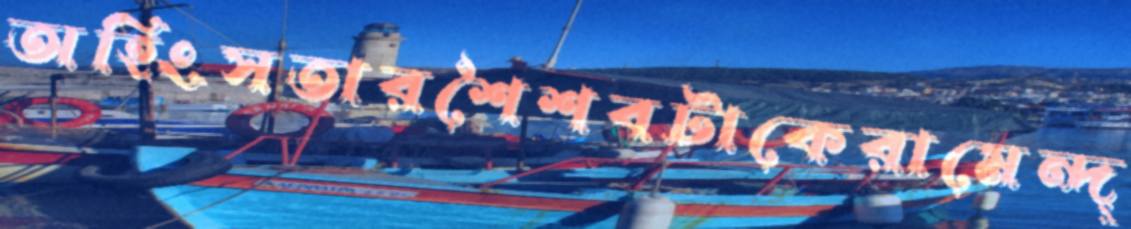
অহিংসতারশৈশবটাকেরামেন্দ্